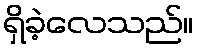
ရှိခဲ့လေသည်။